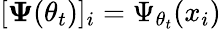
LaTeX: [\mathbf{\Psi}(\theta_{t})]_{i}=\Psi_{\theta_{t}}(x_{i})